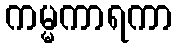
ကမ္မကာရကာ